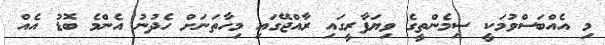
މި އެއްބަސްވުމަކީ ސިމެންތީގެ ވިޔަފާރީގައި ރާއްޖޭގައި މިހާތަނަށް ހެދުނު އެންމެ ބޮޑު އެއް